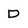
Character: D